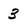
Character: 3